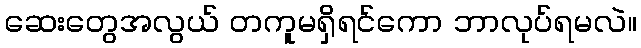
ဆေးတွေအလွယ် တကူမရှိရင်ကော ဘာလုပ်ရမလဲ။